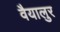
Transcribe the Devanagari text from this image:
वैयालुर